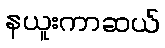
နယူးကာဆယ်